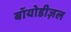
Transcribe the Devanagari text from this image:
बॉयोडीज़ल